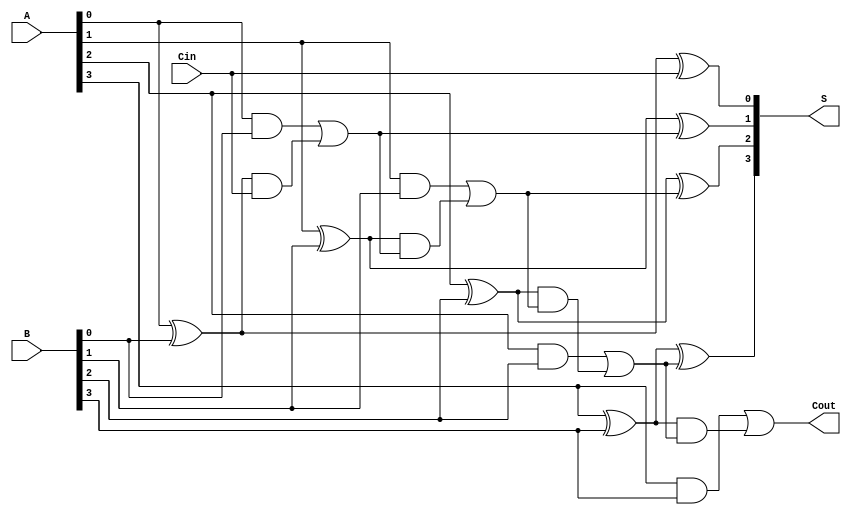
module RippleCarryLookaheadAdder #(
    parameter n = 4  // Width of the binary numbers
)(
    input [n-1:0] A,            // First binary input
    input [n-1:0] B,            // Second binary input
    input Cin,                  // Carry-in input
    output [n-1:0] S,           // Sum output
    output Cout                 // Carry-out output
);

    // Internal signals for propagate and generate
    wire [n-1:0] P; // Propagate signals
    wire [n-1:0] G; // Generate signals
    wire [n:0] C;   // Carry signals

    // Generate Propagate and Generate signals
    genvar i;
    generate
        for (i = 0; i < n; i = i + 1) begin : pg_gen
            assign P[i] = A[i] ^ B[i]; // P[i] = A[i] ^ B[i]
            assign G[i] = A[i] & B[i]; // G[i] = A[i] & B[i]
        end
    endgenerate

    // Calculate carries using lookahead logic
    assign C[0] = Cin; // C[0] is the initial carry-in

    generate
        for (i = 0; i < n; i = i + 1) begin : carry_gen
            assign C[i+1] = G[i] | (P[i] & C[i]); // C[i+1] = G[i] + (P[i] * C[i])
        end
    endgenerate

    // Calculate sum outputs
    generate
        for (i = 0; i < n; i = i + 1) begin : sum_gen
            assign S[i] = P[i] ^ C[i]; // S[i] = P[i] ^ C[i]
        end
    endgenerate

    // Final carry-out
    assign Cout = C[n]; // Cout = C[n]

endmodule